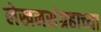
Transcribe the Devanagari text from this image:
लेखनसंग्रहाच्या